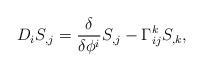
LaTeX: \begin{align*}D_i S_{,j} = {\delta\over\delta\phi^i}S_{,j}-\Gamma^k_{ij}S_{,k},\end{align*}